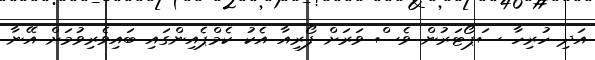
އަދި ހުރިހާ ސަޕޯޓަރުން ވެސް ވަރަށް ފޯރިއާ އެކު ކެމްޕެއިންގައި ބައިވެރިވުމަށް އޭނާ